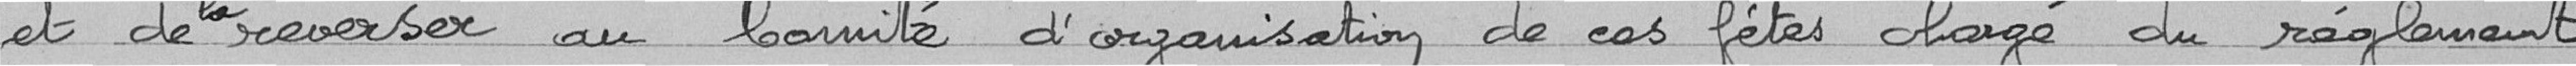
et de la reverser au Comité d'organisation de ces fêtes chargé du règlement